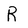
Character: R